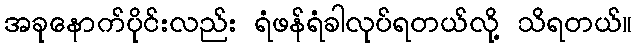
အခုနောက်ပိုင်းလည်း ရံဖန်ရံခါလုပ်ရတယ်လို့ သိရတယ်။